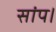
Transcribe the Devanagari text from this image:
सांप।